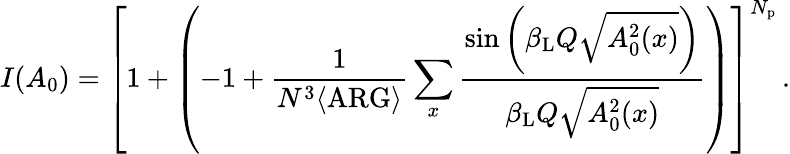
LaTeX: I(A_{0})=\left[1+\left(-1+\frac{1}{N^{3}\langle\mathrm{ARG}\rangle}\sum_{x}\frac{\sin\left(\beta_{\mathrm{L}}Q\sqrt{A_{0}^{2}(x)}\right)}{\beta_{\mathrm{L}}Q\sqrt{A_{0}^{2}(x)}}\right)\right]^{N_{\mathrm{p}}}\, .